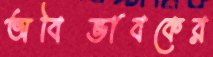
অবিভাবকের